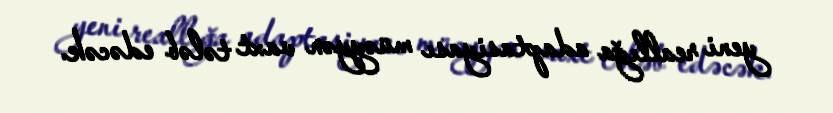
yeni reallığa adaptasiyası müəyyən vaxt tələb edəcək.